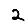
Digit: 2